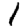
Digit: 1